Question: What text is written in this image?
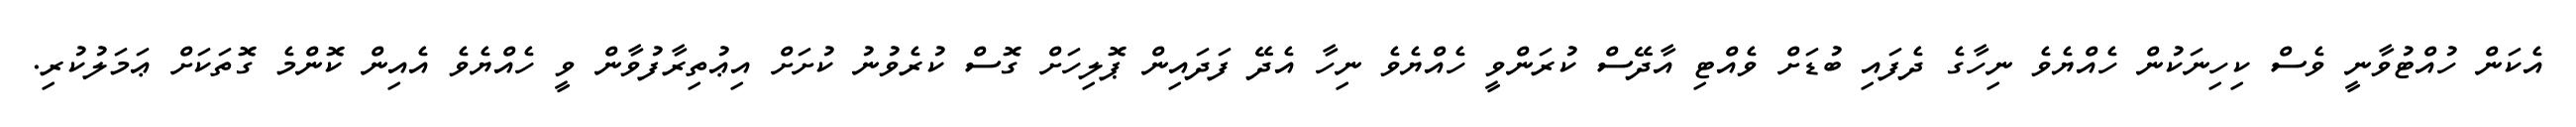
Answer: އެކަން ހުއްޓުވާނީ ވެސް ކިހިނަކުން ހެއްޔެވެ ނިހާގެ ދެފައި ބުޑަށް ވެއްޓި އާދޭސް ކުރަންވީ ހެއްޔެވެ ނިހާ އެދޭ ފަދައިން ޕޮލިހަށް ގޮސް ކުރެވުނު ކުށަށް އިޢުތިރާފުވާން ވީ ހެއްޔެވެ އެއިން ކޮންމެ ގޮތަކަށް ޢަމަލުކުރި.